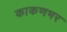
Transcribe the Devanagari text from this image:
काकणभर